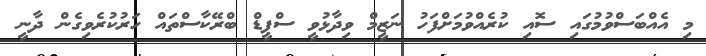
މި އެއްބަސްވުމުގައި ސޮއި ކުރެއްވުމަށްފަހު ނަޒީމް ވިދާޅުވީ ސްޕީޑް ބްރޭކާސްތައް ހަރުކުރެވިގެން ދާނީ